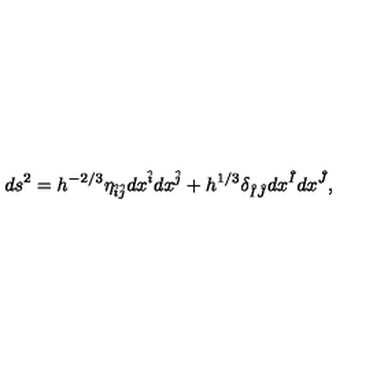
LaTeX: d s ^ { 2 } = h ^ { - 2 / 3 } \eta _ { \hat { i } \hat { j } } d x ^ { \hat { i } } d x ^ { \hat { j } } + h ^ { 1 / 3 } \delta _ { \hat { I } \hat { J } } d x ^ { \hat { I } } d x ^ { \hat { J } } ,